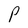
Character: P